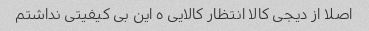
اصلا از دیجی کالا انتظار کالایی ه این بی کیفیتی نداشتم